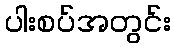
ပါးစပ်အတွင်း